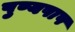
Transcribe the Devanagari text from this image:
पुण्यपाप